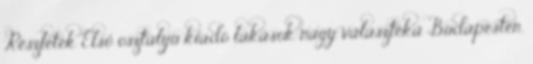
Részletek Első osztályú kiadó lakások nagy választéka Budapesten.